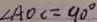
\angle A O C = 9 0 ^ { \circ }